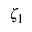
\zeta _ { 1 }